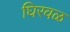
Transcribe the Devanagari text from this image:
घिरवळ